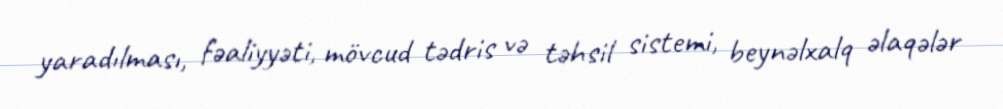
yaradılması, fəaliyyəti, mövcud tədris və təhsil sistemi, beynəlxalq əlaqələr